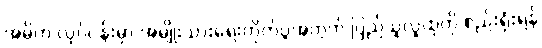
အဓိက လုပ်ငန်းမှာ အမျိုးသားရေးတိုက်ပွဲအတွက် ပြည်သူလူထုကို စည်းရုံးရန်